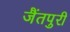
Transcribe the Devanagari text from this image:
जैंतपुरी